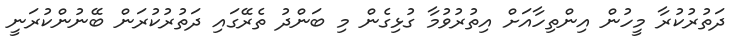
ދަތުރުކުރާ މީހުން އިންތިހާއަށް އިތުރުވުމާ ގުޅިގެން މި ބަންދު ތެރޭގައި ދަތުރުކުރަން ބޭނުންކުރަނީ